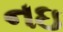
નઇ